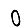
Digit: 0